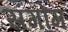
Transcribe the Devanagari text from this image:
संगोम